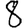
Digit: 8